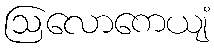
ဩလောကေယျံ